Indian journal of veterinary science and animal husbandry - Volumes 28-29, 1958-1959
Year: 1958
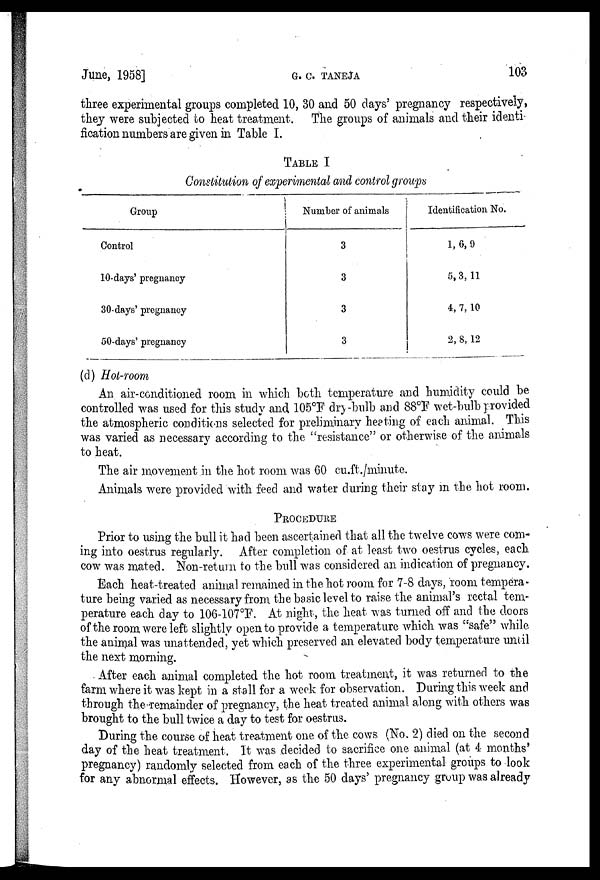
June, 1958]
G.
C.
TANEJA
103
three experimental groups completed 10, 30 and 50 days' pregnancy respectively,
they were subjected to heat treatment. The groups of animals and their identi-
fication numbers are given in Table I.
TABLE I
Constitution of experimental and control groups
Group
Control
10-days' pregnancy
30-days' pregnancy
50-days' pregnancy
Number of animals
3
3
3
3
Identification No.
1, 6, 9
5, 3, 11
4, 7, 10
2, 8, 12
(d) Hot-room
An air-conditioned room in which both temperature and humidity could be
controlled was used for this study and 105°F dry-bulb and 88°F wet-bulb provided
the atmospheric conditions selected for preliminary heating of each animal. This
was varied as necessary according to the "resistance" or otherwise of the animals
to heat.
The air movement in the hot room was 60 cu.ft./minute.
Animals were provided with feed and water during their stay in the hot room.
PROCEDURE
Prior to using the bull it had been ascertained that all the twelve cows were com-
ing into oestrus regularly. After completion of at least two oestrus cycles, each
cow was mated. Non-return to the bull was considered an indication of pregnancy.
Each heat-treated animal remained in the hot room for 7-8 days, room tempera-
ture being varied as necessary from the basic level to raise the animal's rectal tem-
perature each day to 106-107°F. At night, the heat was turned off and the doors
of the room were left slightly open to provide a temperature which was "safe" while
the animal was unattended, yet which preserved an elevated body temperature until
the next morning.
After each animal completed the hot room treatment, it was returned to the
farm where it was kept in a stall for a week for observation. During this week and
through the remainder of pregnancy, the heat treated animal along with others was
brought to the bull twice a day to test for oestrus.
During the course of heat treatment one of the cows (No. 2) died on the second
day of the heat treatment. It was decided to sacrifice one animal (at 4 months'
pregnancy) randomly selected from each of the three experimental groups to look
for any abnormal effects. However, as the 50 days' pregnancy group was already